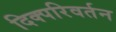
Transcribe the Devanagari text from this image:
दिक्परिवर्तन